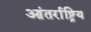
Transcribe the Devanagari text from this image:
आंतर्राष्ट्रिय